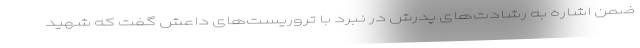
ضمن اشاره به رشادت‌های پدرش در نبرد با تروریست‌های داعش گفت که شهید